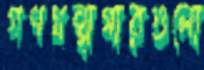
গণগ্রন্থাগারগুলো